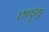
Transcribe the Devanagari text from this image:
एन्ड्र्यु